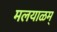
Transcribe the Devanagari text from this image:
मलयाळम्